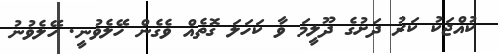
ކުއްޖަކު ކަރު ދަށުގެ ދޫލީމަ ވާ ކަހަލަ ގޮތެއް ވެގެން ހޭލެވުނީ. ހޭލެވުނު